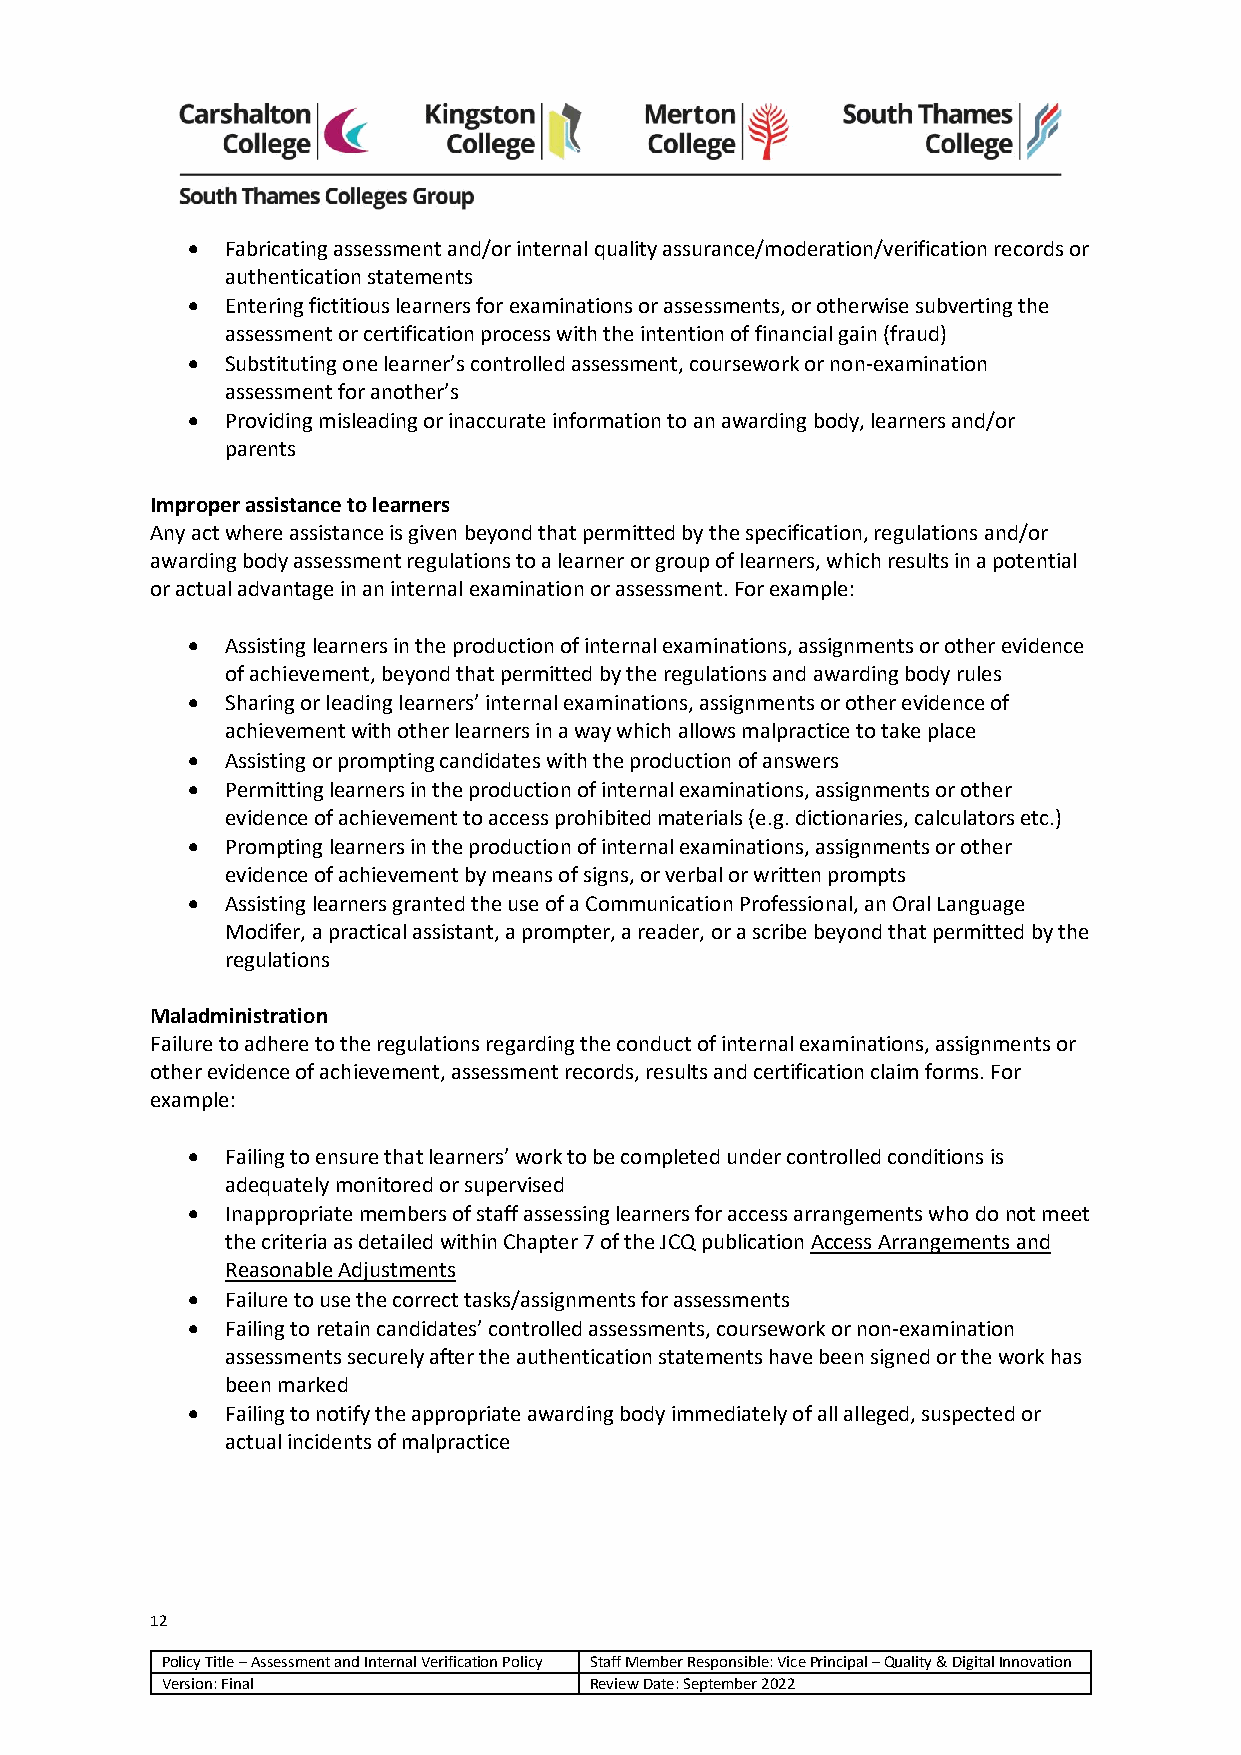
•  Fabricating assessment and/or internal quality assurance/moderation/verification records or
 authentication statements
 •  Entering fictitious learners for examinations or assessments, or otherwise subverting the
 assessment or certification process with the intention of financial gain (fraud)
 •  Substituting one learner’s controlled assessment, coursework or non-examination
 assessment for another’s
 •  Providing misleading or inaccurate information to an awarding body, learners and/or
 parents
 Improper assistance to learners
 Any act where assistance is given beyond that permitted by the specification, regulations and/or
 awarding body assessment regulations to a learner or group of learners, which results in a potential
 or actual advantage in an internal examination or assessment. For example:
 •  Assisting learners in the production of internal examinations, assignments or other evidence
 of achievement, beyond that permitted by the regulations and awarding body rules
 •  Sharing or leading learners’ internal examinations, assignments or other evidence of
 achievement with other learners in a way which allows malpractice to take place
 •  Assisting or prompting candidates with the production of answers
 •  Permitting learners in the production of internal examinations, assignments or other
 evidence of achievement to access prohibited materials (e.g. dictionaries, calculators etc.)
 •  Prompting learners in the production of internal examinations, assignments or other
 evidence of achievement by means of signs, or verbal or written prompts
 •  Assisting learners granted the use of a Communication Professional, an Oral Language
 Modifer, a practical assistant, a prompter, a reader, or a scribe beyond that permitted by the
 regulations
 Maladministration
 Failure to adhere to the regulations regarding the conduct of internal examinations, assignments or
 other evidence of achievement, assessment records, results and certification claim forms. For
 example:
 •  Failing to ensure that learners’ work to be completed under controlled conditions is
 adequately monitored or supervised
 •  Inappropriate members of staff assessing learners for access arrangements who do not meet
 the criteria as detailed within Chapter 7 of the JCQ publication Access Arrangements and
 Reasonable Adjustments
 •  Failure to use the correct tasks/assignments for assessments
 •  Failing to retain candidates’ controlled assessments, coursework or non-examination
 assessments securely after the authentication statements have been signed or the work has
 been marked
 •  Failing to notify the appropriate awarding body immediately of all alleged, suspected or
 actual incidents of malpractice
 12
 Policy Title – Assessment and Internal Verification Policy Staff Member Responsible: Vice Principal – Quality & Digital Innovation
 Version: Final              Review Date: September 2022